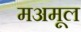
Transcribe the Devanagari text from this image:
मअमूल